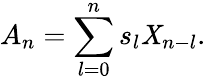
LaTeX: A_{n}=\sum_{l=0}^{n}s_{l}\mathit{X}_{n-l}.